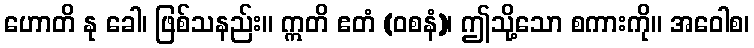
ဟောတိ နု ခေါ၊ ဖြစ်သနည်း။ ဣတိ ဧတံ (ဝစနံ)၊ ဤသို့သော စကားကို။ အဝေါစ၊